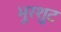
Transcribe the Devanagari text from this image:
भुरशुट